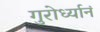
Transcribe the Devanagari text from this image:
गुरोर्ध्यानं